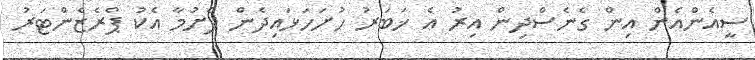
ސީއެންއެން އިން ގެނެސްދިން އިރު އެ ޚަބަރު ހުށަހަޅައިދެން ފެށުމާ އެކު ޕްރެޒެންޓަރު